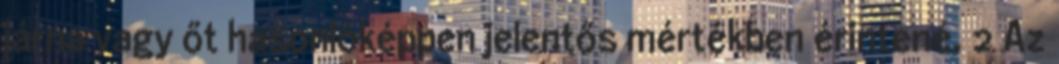
járna vagy őt hasonlóképpen jelentős mértékben érintené. 2 Az